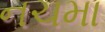
નચમા